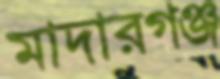
মাদারগঞ্জ